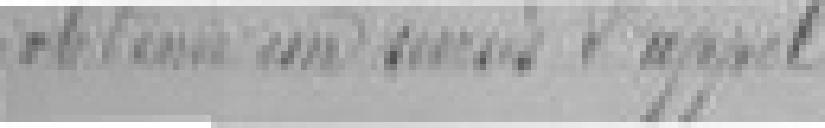
obtenir un sursis d'appel